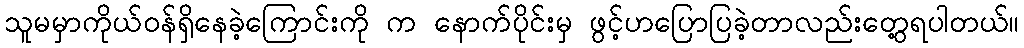
သူမမှာကိုယ်ဝန်ရှိနေခဲ့ကြောင်းကို က နောက်ပိုင်းမှ ဖွင့်ဟပြောပြခဲ့တာလည်းတွေ့ရပါတယ်။